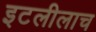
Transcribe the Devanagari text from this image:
इटलीलाच